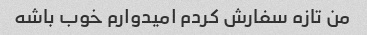
من تازه سفارش کردم امیدوارم خوب باشه